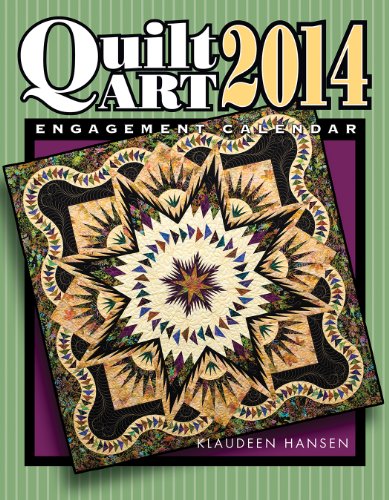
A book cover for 2014 Quilt Art Engagement Calendar; Klaudeen Hansen; Calendars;